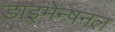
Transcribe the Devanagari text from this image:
डाइमेन्षनल